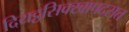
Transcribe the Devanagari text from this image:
दियट्ठसिक्खापदसत